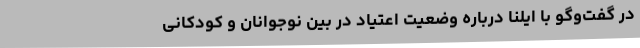
در گفت‌و‌گو با ایلنا درباره وضعیت اعتیاد در بین نوجوانان و کودکانی